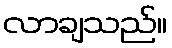
လာချသည်။